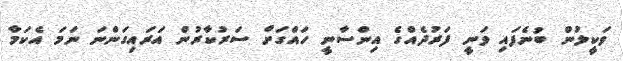
ވަކީލުން ބުނެފައި ވަނީ ފަރުދެއްގެ އިންސާނީ ހައްގަށް ސަރުކާރުން އަރައިގަންނަ ނަމަ އެކަމާ